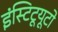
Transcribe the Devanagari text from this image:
इंस्टिटूयूटो